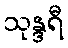
သုန္ဒရီ